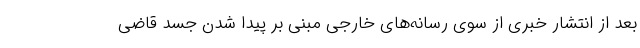
بعد از انتشار خبری از سوی رسانه‌های خارجی مبنی بر پیدا شدن جسد قاضی